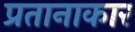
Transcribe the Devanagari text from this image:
प्रतानाकार